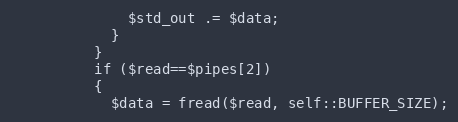
Language: PHP
              $std_out .= $data;
            }
          }
          if ($read==$pipes[2])
          {
            $data = fread($read, self::BUFFER_SIZE);